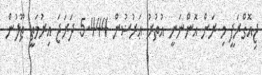
ޖިއޮގްރަފީ މި ރަށް އޮންނަނީ އުތުރު ޢަރުޟުން 5.444 ދަރަޖަ އިރުމަތީ ޠޫލުން